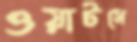
ওয়াটসে